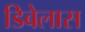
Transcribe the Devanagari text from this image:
डिबेलास